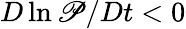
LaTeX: D\ln\mathscr{P}/Dt<0